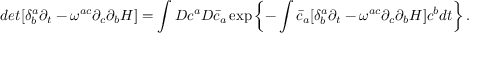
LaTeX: d e t [ \delta _ { b } ^ { a } \partial _ { t } - \omega ^ { a c } \partial _ { c } \partial _ { b } H ] = \int { \cal D } c ^ { a } { \cal D } { \bar { c } } _ { a } \exp \left\{ - \int { \bar { c } } _ { a } [ \delta _ { b } ^ { a } \partial _ { t } - \omega ^ { a c } \partial _ { c } \partial _ { b } H ] c ^ { b } d t \right\} .